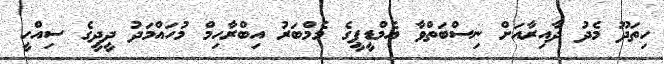
ހިތަދޫ މެދު ދާއިރާއަށް ނިސްބަތްވާ އެމްޑީޕީގެ މެމްބަރު އިބްރާހިމް މުހައްމަދު ދީދީގެ ސިއްހީ